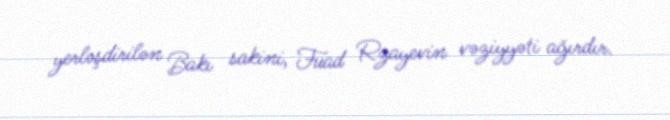
yerləşdirilən Bakı sakini, Fuad Rzayevin vəziyyəti ağırdır.